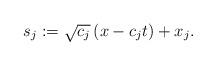
LaTeX: \begin{align*}s_j:=\sqrt{c_j}\left(x-c_jt\right)+x_j.\end{align*}